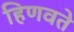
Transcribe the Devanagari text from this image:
हिणवते